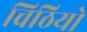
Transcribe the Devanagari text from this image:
चिठियो